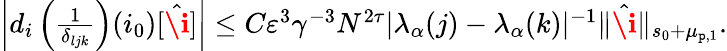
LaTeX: \begin{array}{r}{\left|d_{i}\left(\frac{1}{\delta_{ljk}}\right)(i_{0})[\hat{\textbf{\i}}]\right|\le C\varepsilon^{3}\gamma^{-3}N^{2\tau}|\lambda_{\alpha}(j)-\lambda_{\alpha}(k)|^{-1}\rVert\hat{\textbf{\i}}\rVert_{s_{0}+\mu_{\mathtt{p},1}}.}\end{array}